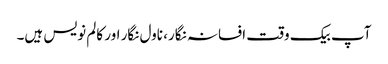
آپ بیک وقت افسانہ نگار، ناول نگار اور کالم نویس ہیں۔